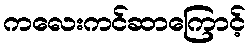
ကလေးကင်ဆာကြောင့်